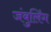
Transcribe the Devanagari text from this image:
जंबुलिंग